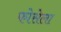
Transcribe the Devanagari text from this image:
फोसेला